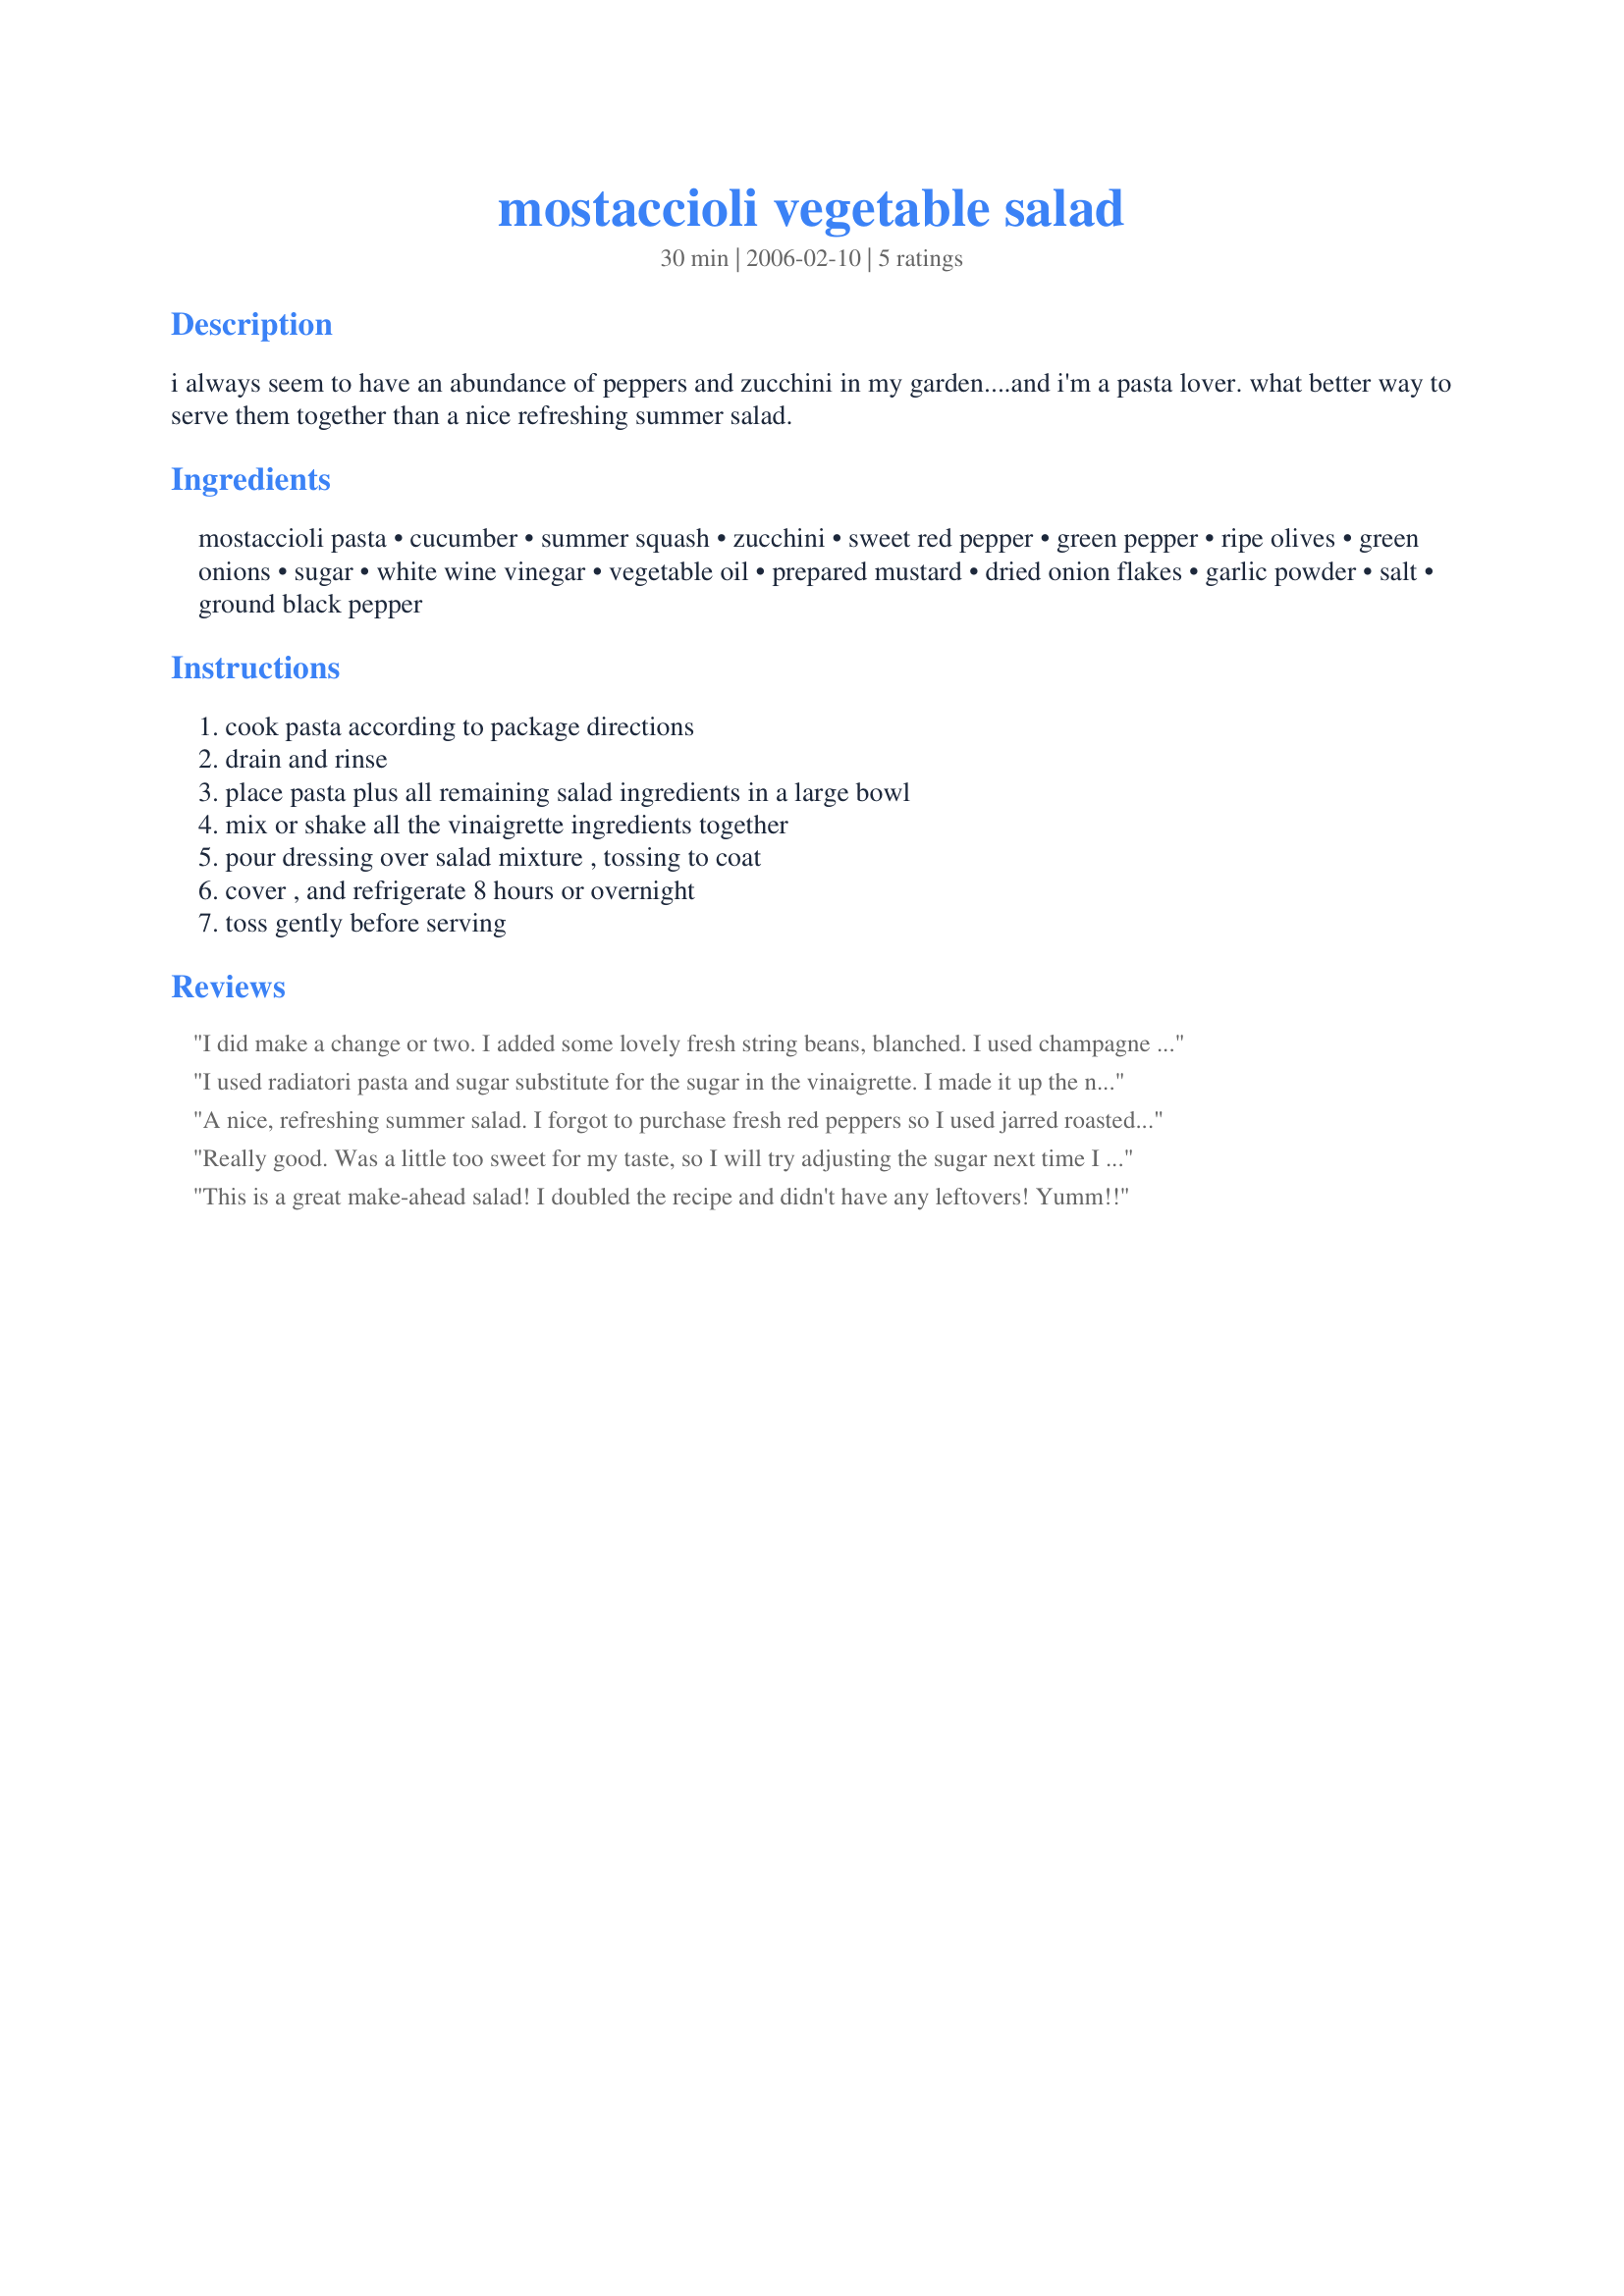
mostaccioli vegetable salad
Preparation time: 30 minutes

i always seem to have an abundance of peppers and zucchini in my garden....and i'm a pasta lover. what better way to serve them together than a nice refreshing summer salad.

Ingredients:
mostaccioli pasta, cucumber, summer squash, zucchini, sweet red pepper, green pepper, ripe olives, green onions, sugar, white wine vinegar, vegetable oil, prepared mustard, dried onion flakes, garlic powder, salt, ground black pepper

Steps:
cook pasta according to package directions, drain and rinse, place pasta plus all remaining salad ingredients in a large bowl, mix or shake all the vinaigrette ingredients together, pour dressing over salad mixture , tossing to coat, cover , and refrigerate 8 hours or overnight, toss gently before serving

Reviews:
I did make a change or two. I added some lovely fresh string beans, blanched. I used champagne vinegar instead of white wine vinegar. In the dressing, I used fresh garlic and onion, chopped into a mince/paste. I served it over a bed of baby greens--a delightful meal. Thanks, Donna!
I used radiatori pasta and sugar substitute for the sugar in the vinaigrette. I made it up the night before and had it refrigerated for close to 24 hours before serving. This is a delightful pasta salad with just the right touch of sweetness and loaded with fresh veggies.

A nice, refreshing summer salad. I forgot to purchase fresh red peppers so I used jarred roasted peppers intead. I like it more as some of the juice from the peppers mixed in with the lovely dressing. I added a touch of oregano to the dressing, and used 3 packets of sugar substitute. In the future I think sun-dried tomatoes would be a lovely addition, and plan to leave out the green peppers. I served it on a bed of watercress and arugula. It's a pretty salad, too. :)
Really good. Was a little too sweet for my taste, so I will try adjusting the sugar next time I make it. Thank you!
This is a great make-ahead salad! I doubled the recipe and didn't have any leftovers! Yumm!!
